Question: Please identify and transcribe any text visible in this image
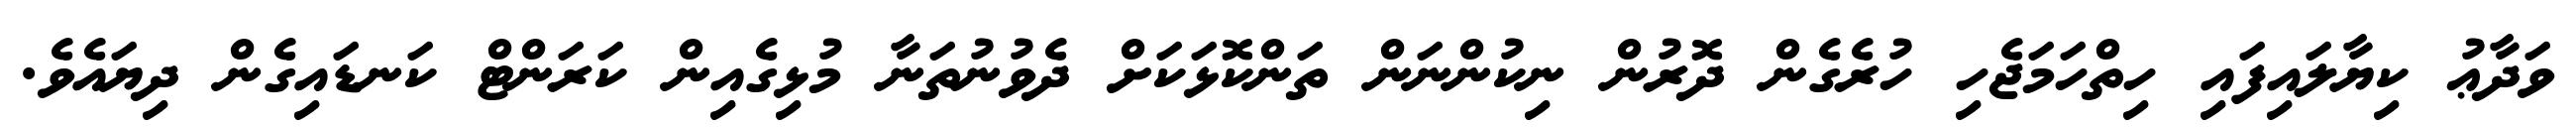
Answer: ވަދާޢު ކިޔާލައިފައި ހިތްހަމަޖެހި ހުރެގެން ދޮރުން ނިކުންނަން ތަންކޮޅަކަށް ދެވުނުތަނާ މުޅިގެއިން ކަރަންޓް ކަނޑައިގެން ދިޔައެވެ.